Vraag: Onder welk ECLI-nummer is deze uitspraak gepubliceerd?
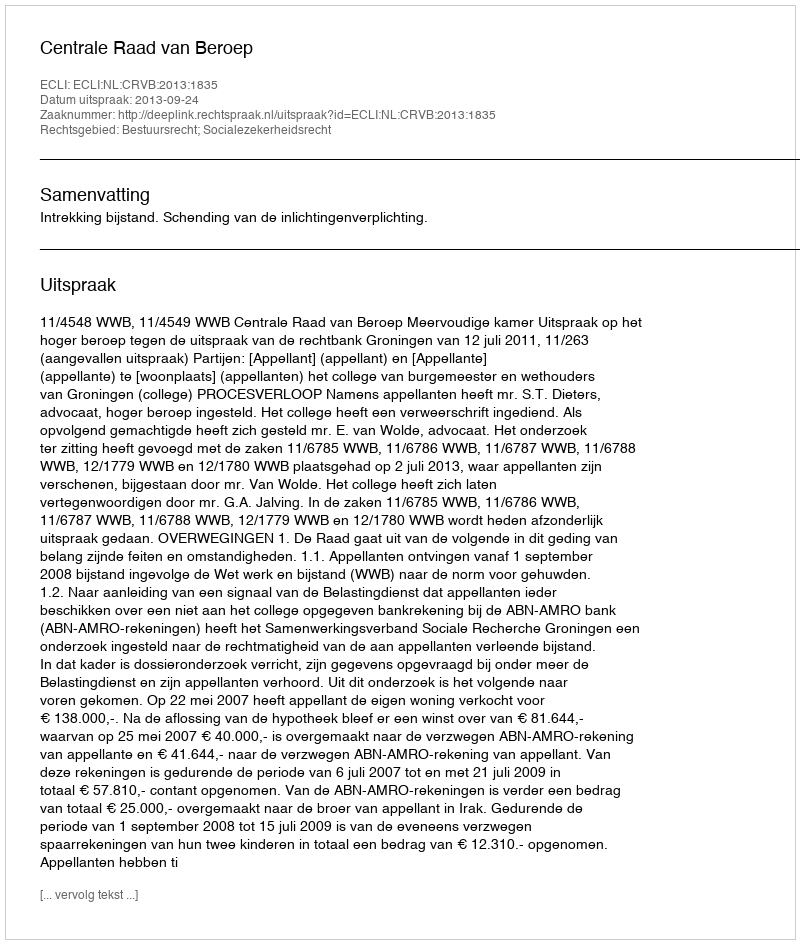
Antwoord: ECLI:NL:CRVB:2013:1835